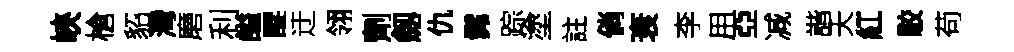
峽槍貂灣磨利謚醍迂翎劑劔仇髴踪塗註倘衰李用亞减諧夭紅駮苟